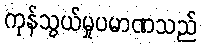
ကုန်သွယ်မှုပမာဏသည်